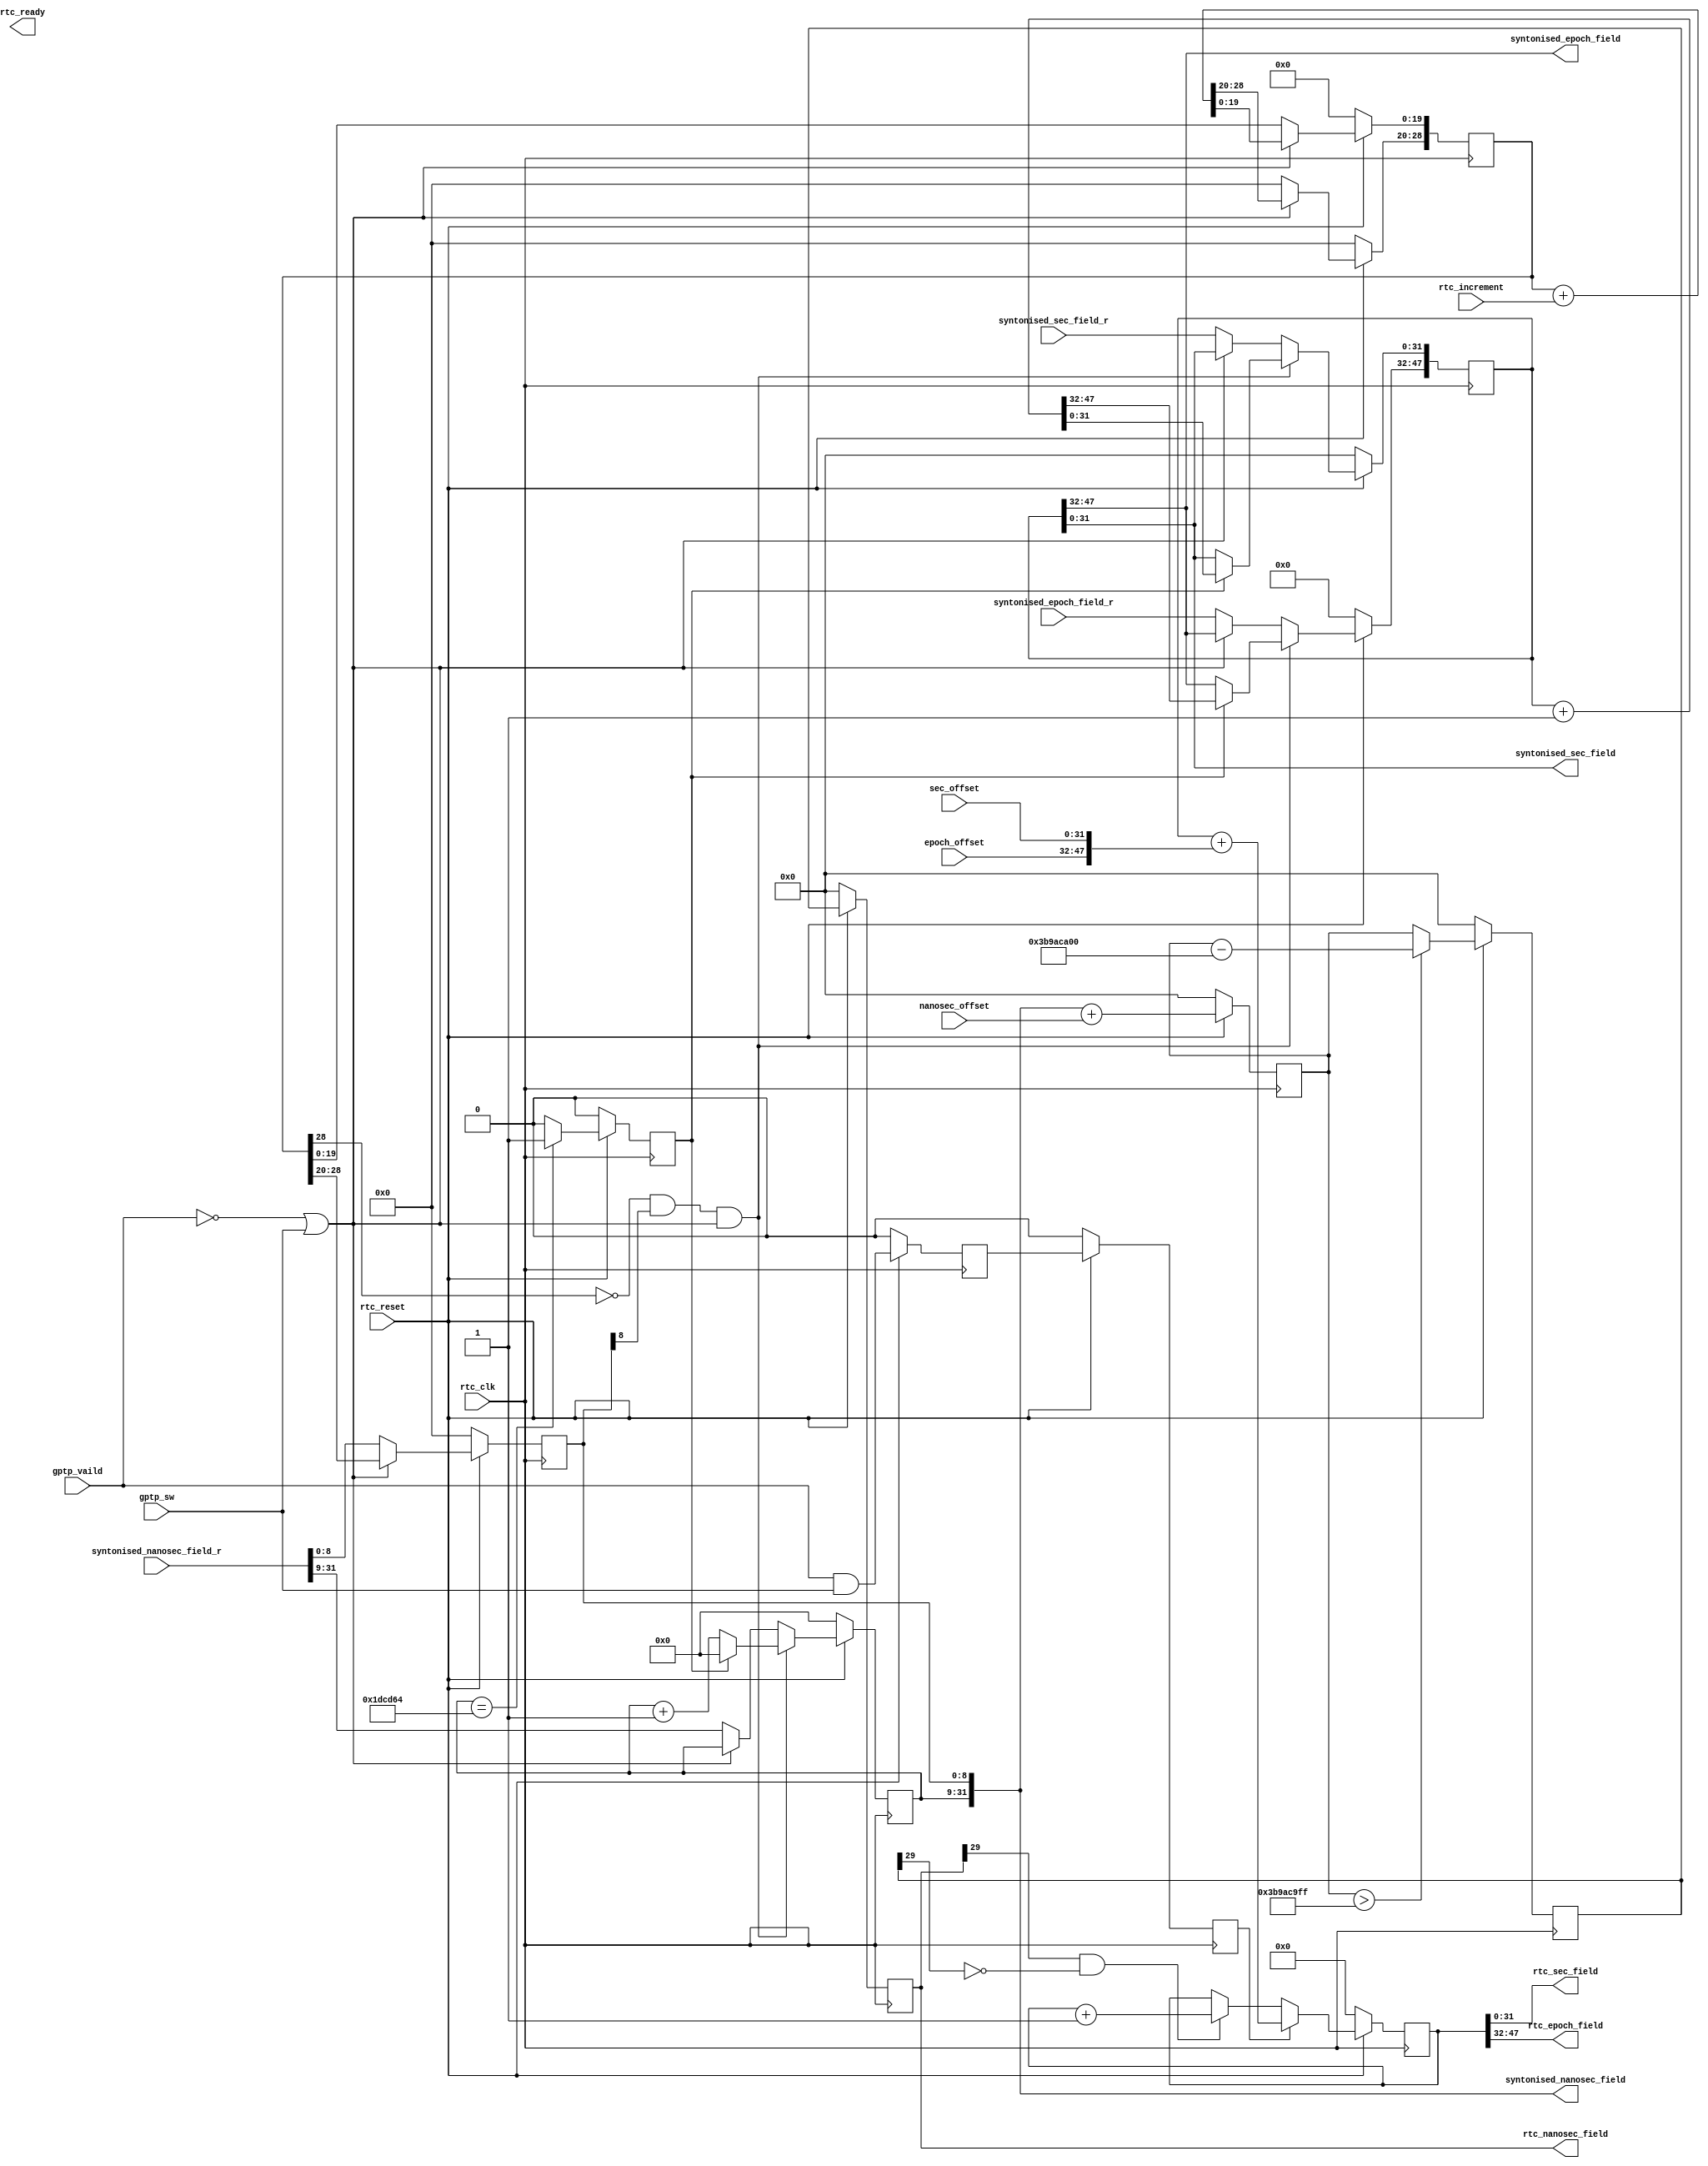
module rtc #
(
  parameter         C_IS_EVAL            = 1,
  parameter         C_SIMULATION_MODE    = 0,
  parameter         C_XDEVICEFAMILY      = "Virtex7",
  parameter         C_S_AXI_ADDR_WIDTH   = 32
)

(

  
  input                                rtc_reset,
  input                                rtc_clk,

  //
  output [31:0]                        rtc_nanosec_field,
  output [31:0]                        rtc_sec_field,
  output [15:0]                        rtc_epoch_field,

  //
  output [31:0]                        syntonised_nanosec_field,
  output [31:0]                        syntonised_sec_field,
  output [15:0]                        syntonised_epoch_field,

  //
  input [31:0] syntonised_nanosec_field_r,
  input [31:0] syntonised_sec_field_r,
  input [15:0] syntonised_epoch_field_r,
  
  input [29:0] nanosec_offset ,
  input [31:0] sec_offset,//?0
  input [15:0] epoch_offset  ,
  
  input [25:0] rtc_increment,//??
  
  input gptp_vaild,
  output rtc_ready,
  
  input gptp_sw //1offset 0 vaild?

);


  wire rejust_fundement_f= (~gptp_vaild|gptp_sw);//0?


  //
  reg  [28:0]    rtc_syntonised_subnano;     
  reg  [31:0]    rtc_syntonised_nano;        
  reg  [47:0]    rtc_syntonised_sec;         
  reg            rtc_syntonised_nano_wrap;//

  
  //wire [25:0]    rtc_increment;//
  wire [25:0]    rtc_increment_int;
  assign rtc_increment_int = rtc_increment;
  
  //
  reg  [31:0]    rtc_synchronized_nano;      
  reg  [47:0]    rtc_synchronized_sec;       
  reg  [31:0]    rtc_synchronized_nano_reg1;//rtc_synchronized_nano??
  wire           inc_rtc_seconds;//
  reg  [31:0]    rtc_nano_plus_offset;

  wire           offset_update;//
  reg            offset_update_reg1;
  reg            offset_update_reg2;

  //wire [29:0]    nanosec_offset;//
  //wire [31:0]    sec_offset;
  //wire [15:0]    epoch_offset;

 
  
  always @(posedge rtc_clk)//
  begin
    if (rtc_reset == 0 ) begin
      rtc_syntonised_subnano   <= 29'h0;
      rtc_syntonised_nano[8:0] <= 9'h0;
    end
    else if (rejust_fundement_f) begin
      rtc_syntonised_subnano   <= rtc_syntonised_subnano +
                               {3'b0, rtc_increment_int};//
      rtc_syntonised_nano[8:0] <= rtc_syntonised_subnano[28:20];//?
 
    end
	 else begin
     rtc_syntonised_nano[8:0] <=syntonised_nanosec_field_r[8:0];
	 rtc_syntonised_subnano[28:20] <= 9'b0;//syx:?0
	 end
  end




  always @(posedge rtc_clk)
  begin
    if (rtc_reset == 0) begin
      rtc_syntonised_nano_wrap <= 1'b0;
    end

    else begin

      if (rtc_syntonised_nano[31:9] == 23'h1DCD64) begin//
        rtc_syntonised_nano_wrap <= 1'b1;
      end
      else begin
        rtc_syntonised_nano_wrap <= 1'b0;
      end

    end
  end



  always @(posedge rtc_clk)
  begin
    if (rtc_reset == 0) begin
       rtc_syntonised_nano[31:9] <= 23'h0;
    end
    else if ((!rtc_syntonised_subnano[28] & rtc_syntonised_nano[8])&rejust_fundement_f) begin

      if (rtc_syntonised_nano_wrap) begin//
        rtc_syntonised_nano[31:9] <= 23'h0;
      end
      else begin//?
        rtc_syntonised_nano[31:9] <= rtc_syntonised_nano[31:9] + 1'b1;
      end

    end
	 else if(~rejust_fundement_f)
	 begin
	  rtc_syntonised_nano[31:9] <=syntonised_nanosec_field_r[31:9];
	 end
  end



  always @(posedge rtc_clk)//
  begin
    if (rtc_reset == 0) begin
      rtc_syntonised_sec <= 48'b0;
    end
    else if ((!rtc_syntonised_subnano[28] & rtc_syntonised_nano[8])&rejust_fundement_f) begin

      if (rtc_syntonised_nano_wrap) begin
        rtc_syntonised_sec <= rtc_syntonised_sec + 1'b1;//?
      end
    end
	 else if(~rejust_fundement_f)
	 begin
	   rtc_syntonised_sec[31:0]<=syntonised_sec_field_r[31:0];
	   rtc_syntonised_sec[47:32]<=syntonised_epoch_field_r[15:0];
	 end
  end





  always @(posedge rtc_clk)
  begin
    if (rtc_reset == 0) begin
      rtc_nano_plus_offset        <= 32'b0;
      rtc_synchronized_nano       <= 32'b0;
    end
    else begin
	 rtc_nano_plus_offset    <= rtc_syntonised_nano + {2'b0, nanosec_offset};//??

  
      if (rtc_nano_plus_offset > 32'h3B9AC9FF) begin//32'h3B9AC9FF???
        rtc_synchronized_nano <= rtc_nano_plus_offset - 32'h3B9ACA00;
      end

      else begin
        rtc_synchronized_nano <= rtc_nano_plus_offset;
      end

    end
  end



  always @(posedge rtc_clk)
  begin
    if (rtc_reset == 0 ) begin
      rtc_synchronized_nano_reg1  <= 32'b0;
    end
    else begin
      rtc_synchronized_nano_reg1  <= rtc_synchronized_nano;//?clk
    end
  end




  assign inc_rtc_seconds = rtc_synchronized_nano_reg1[29] &
                           !rtc_synchronized_nano[29];//????




  always @(posedge rtc_clk)
  begin
    if (rtc_reset == 0 ) begin
      rtc_synchronized_sec <= 48'b0;
    end
    else begin
      if (offset_update_reg2) begin//?2clk?1
        rtc_synchronized_sec <= rtc_syntonised_sec +//
                                {epoch_offset, sec_offset};
      end
      else if (inc_rtc_seconds) begin
        rtc_synchronized_sec <= rtc_synchronized_sec + 1'b1;
      end
    end
  end
   
     
	  //
  assign rtc_nanosec_field = rtc_synchronized_nano_reg1;
  assign rtc_sec_field     = rtc_synchronized_sec[31:0];
  assign rtc_epoch_field   = rtc_synchronized_sec[47:32];

    
	 //
  assign syntonised_nanosec_field = rtc_syntonised_nano;
  assign syntonised_sec_field     = rtc_syntonised_sec[31:0];
  assign syntonised_epoch_field   = rtc_syntonised_sec[47:32];




  always @(posedge rtc_clk)//
  begin
    if (rtc_reset == 0 ) begin
      offset_update_reg1     <= 1'b0;
      offset_update_reg2     <= 1'b0;
    end
    else begin
      offset_update_reg1     <= gptp_vaild&gptp_sw;
      offset_update_reg2     <= offset_update_reg1;
      end
    end
 





endmodule